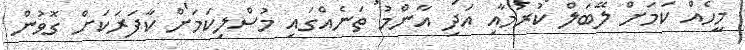
މީހެއް ކަމަށް ލޭބަލް ކުރުމާއި އަދި އާންމު ތަނެއްގައި މުސްލިކަމަށް ކާފަރަކަށް ގޮވުން